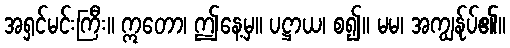
အရှင်မင်းကြီး။ ဣတော၊ ဤနေ့မှ။ ပဋ္ဌာယ၊ စ၍။ မမ၊ အကျွန်ုပ်၏။